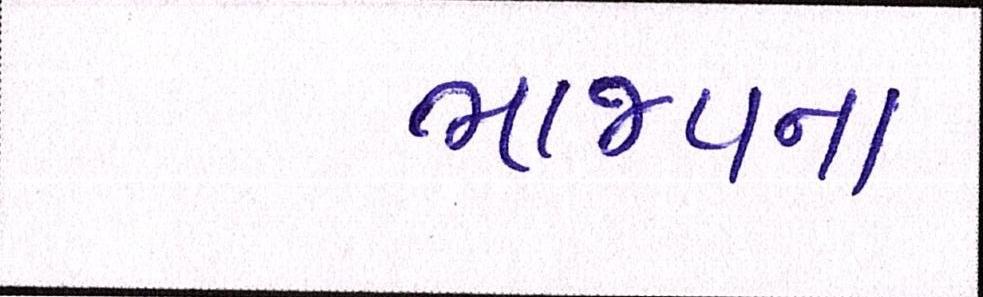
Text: ભાજપના